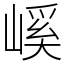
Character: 嵠